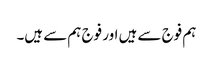
ہم فوج سے ہیں اور فوج ہم سے ہیں۔